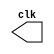
module Clock(output reg clk);
initial clk = 1'b0;
always #1 clk = ~clk;    
endmodule